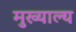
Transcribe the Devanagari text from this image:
मुख्याल्य